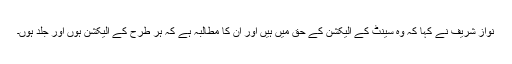
نواز شریف نے کہا کہ وہ سینٹ کے الیکشن کے حق میں ہیں اور ان کا مطالبہ ہے کہ ہر طرح کے الیکشن ہوں اور جلد ہوں۔